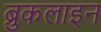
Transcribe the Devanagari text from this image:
ब्रुकलाइन